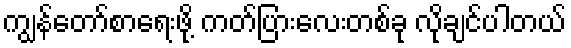
ကျွန်တော်စာရေးဖို့ ကတ်ပြားလေးတစ်ခု လိုချင်ပါတယ်